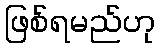
ဖြစ်ရမည်ဟု